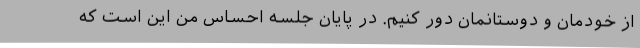
از خودمان و دوستانمان دور کنیم. در پایان جلسه احساس من این است که